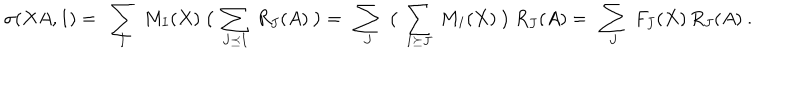
LaTeX: \sigma ( X A , 1 ) = \ \sum _ { I } \ M _ { I } ( X ) \ \big ( \ \sum _ { J \preceq I } \ R _ { J } ( A ) \ \big ) = \ \sum _ { J } \ \big ( \ \sum _ { I \succeq J } \ M _ { I } ( X ) \ \big ) \ R _ { J } ( A ) = \ \sum _ { J } \ F _ { J } ( X ) \, R _ { J } ( A ) \ .